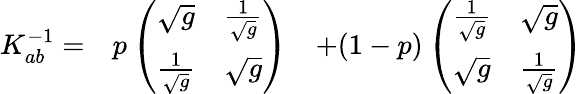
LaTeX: \begin{array}{ccc}{{K_{ab}^{-1}=}}&{{p\left(\begin{array}{cc}{{\sqrt{g}}}&{{{\frac{1}{\sqrt{g}}}}}\\ {{{\frac{1}{\sqrt{g}}}}}&{{\sqrt{g}}}\end{array}\right)}}&{{+(1-p)\left(\begin{array}{cc}{{{\frac{1}{\sqrt{g}}}}}&{{\sqrt{g}}}\\ {{\sqrt{g}}}&{{{\frac{1}{\sqrt{g}}}}}\end{array}\right)}}\end{array}